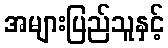
အများပြည်သူနှင့်